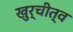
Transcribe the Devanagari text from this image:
खुर्चीत्व